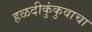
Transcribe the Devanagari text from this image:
हळदीकुंकुवाचा